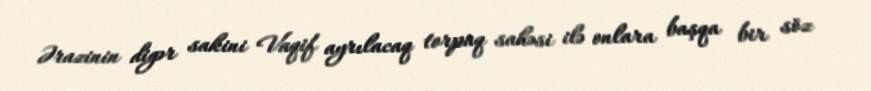
Ərazinin digər sakini Vaqif ayrılacaq torpaq sahəsi ilə onlara başqa bir söz